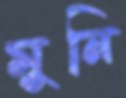
মুনি